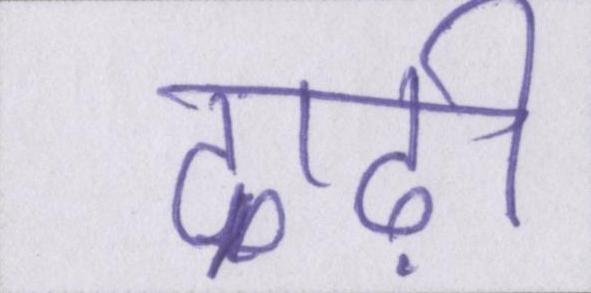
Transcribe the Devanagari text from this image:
दाढ़ी